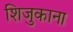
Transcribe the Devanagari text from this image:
शिजुकाना